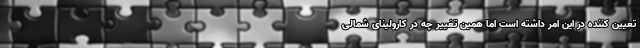
تعیین کننده در این امر داشته است اما همین تغییر چه در کارولینای شمالی